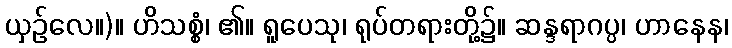
ယှဉ်လေ။)။ ဟိသစ္စံ၊ ၏။ ရူပေသု၊ ရုပ်တရားတို့၌။ ဆန္ဒရာဂပ္ပ၊ ဟာနေန၊